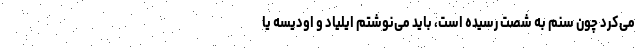
می‌کرد چون سنّم به شصت رسیده است، باید می‌نوشتم ایلیاد و اودیسه یا